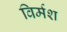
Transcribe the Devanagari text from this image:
विर्मश